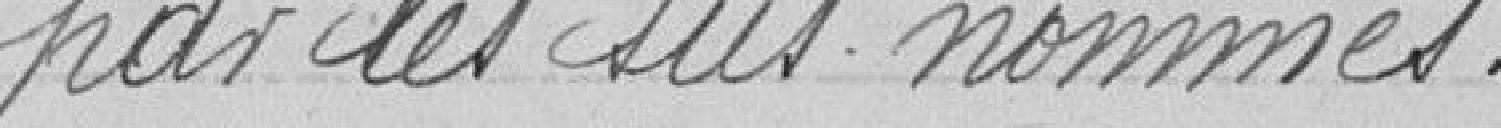
par les sus nommés.